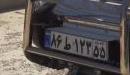
۸۶ط۱۲۳۵۵